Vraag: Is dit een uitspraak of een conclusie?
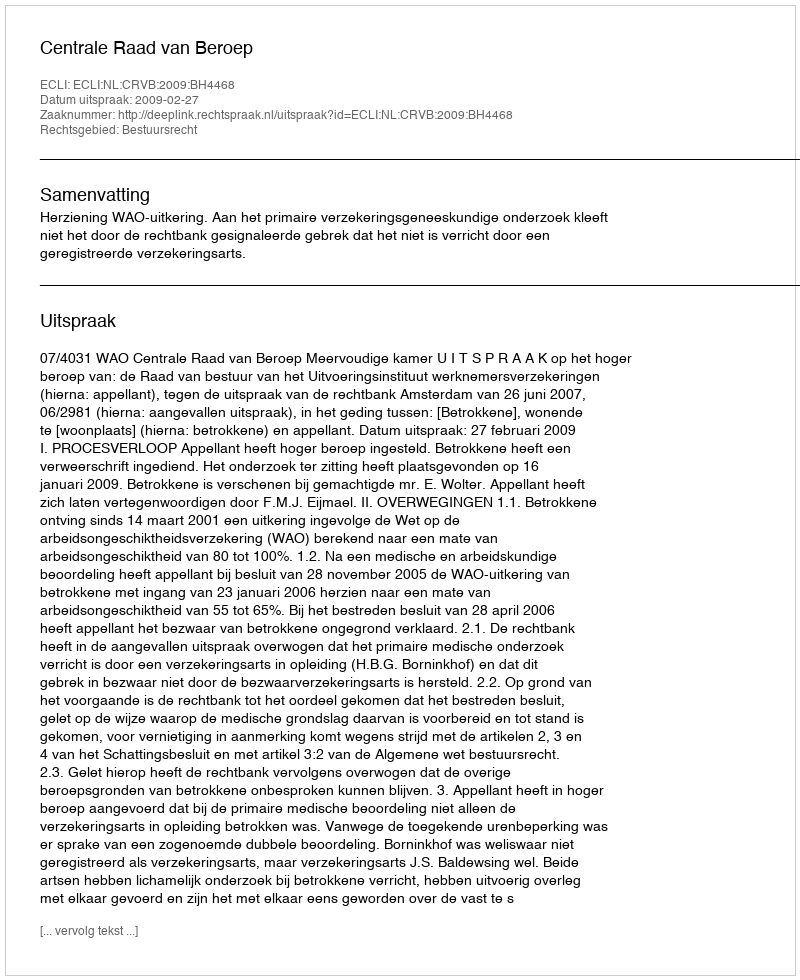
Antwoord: Uitspraak